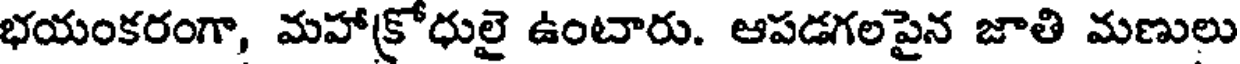
భయంకరంగా, మహాక్రోధులై ఉంటారు. ఆపడగలపైన జాతి మణులు